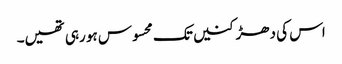
اس کی دھڑکنیں تک محسوس ہو رہی تھیں۔